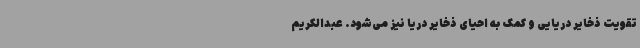
تقویت ذخایر دریایی و کمک به احیای ذخایر دریا نیز می‌شود. عبدالکریم